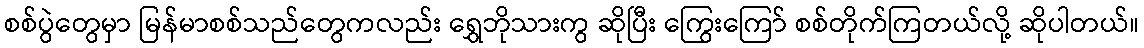
စစ်ပွဲတွေမှာ မြန်မာစစ်သည်တွေကလည်း ရွှေဘိုသားကွ ဆိုပြီး ကြွေးကြော် စစ်တိုက်ကြတယ်လို့ ဆိုပါတယ်။